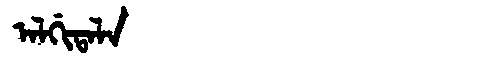
Manchu: ᠠᠯᡤᡳᡨᠠᠯᠠ
Romanization: ALGITALA